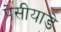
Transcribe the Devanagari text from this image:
पेसीयाडे